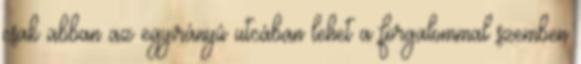
csak abban az egyirányú utcában lehet a forgalommal szemben